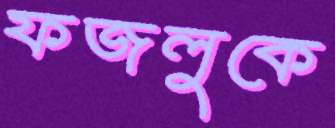
ফজলুকে